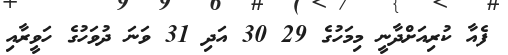
ފެއާ ކުރިއަށްދާނީ މިމަހުގެ 29 30 އަދި 31 ވަނަ ދުވަހުގެ ހަވީރާއި